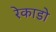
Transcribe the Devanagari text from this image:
रेकाडो